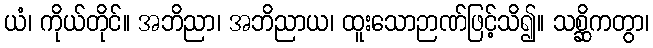
ယံ၊ ကိုယ်တိုင်။ အဘိညာ၊ အဘိညာယ၊ ထူးသောဉာဏ်ဖြင့်သိ၍။ သစ္ဆိကတွာ၊